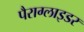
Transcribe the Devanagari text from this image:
पैराग्लाइडर